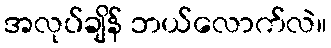
အလုပ်ချိန် ဘယ်လောက်လဲ။